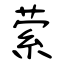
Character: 萦